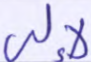
لإلى